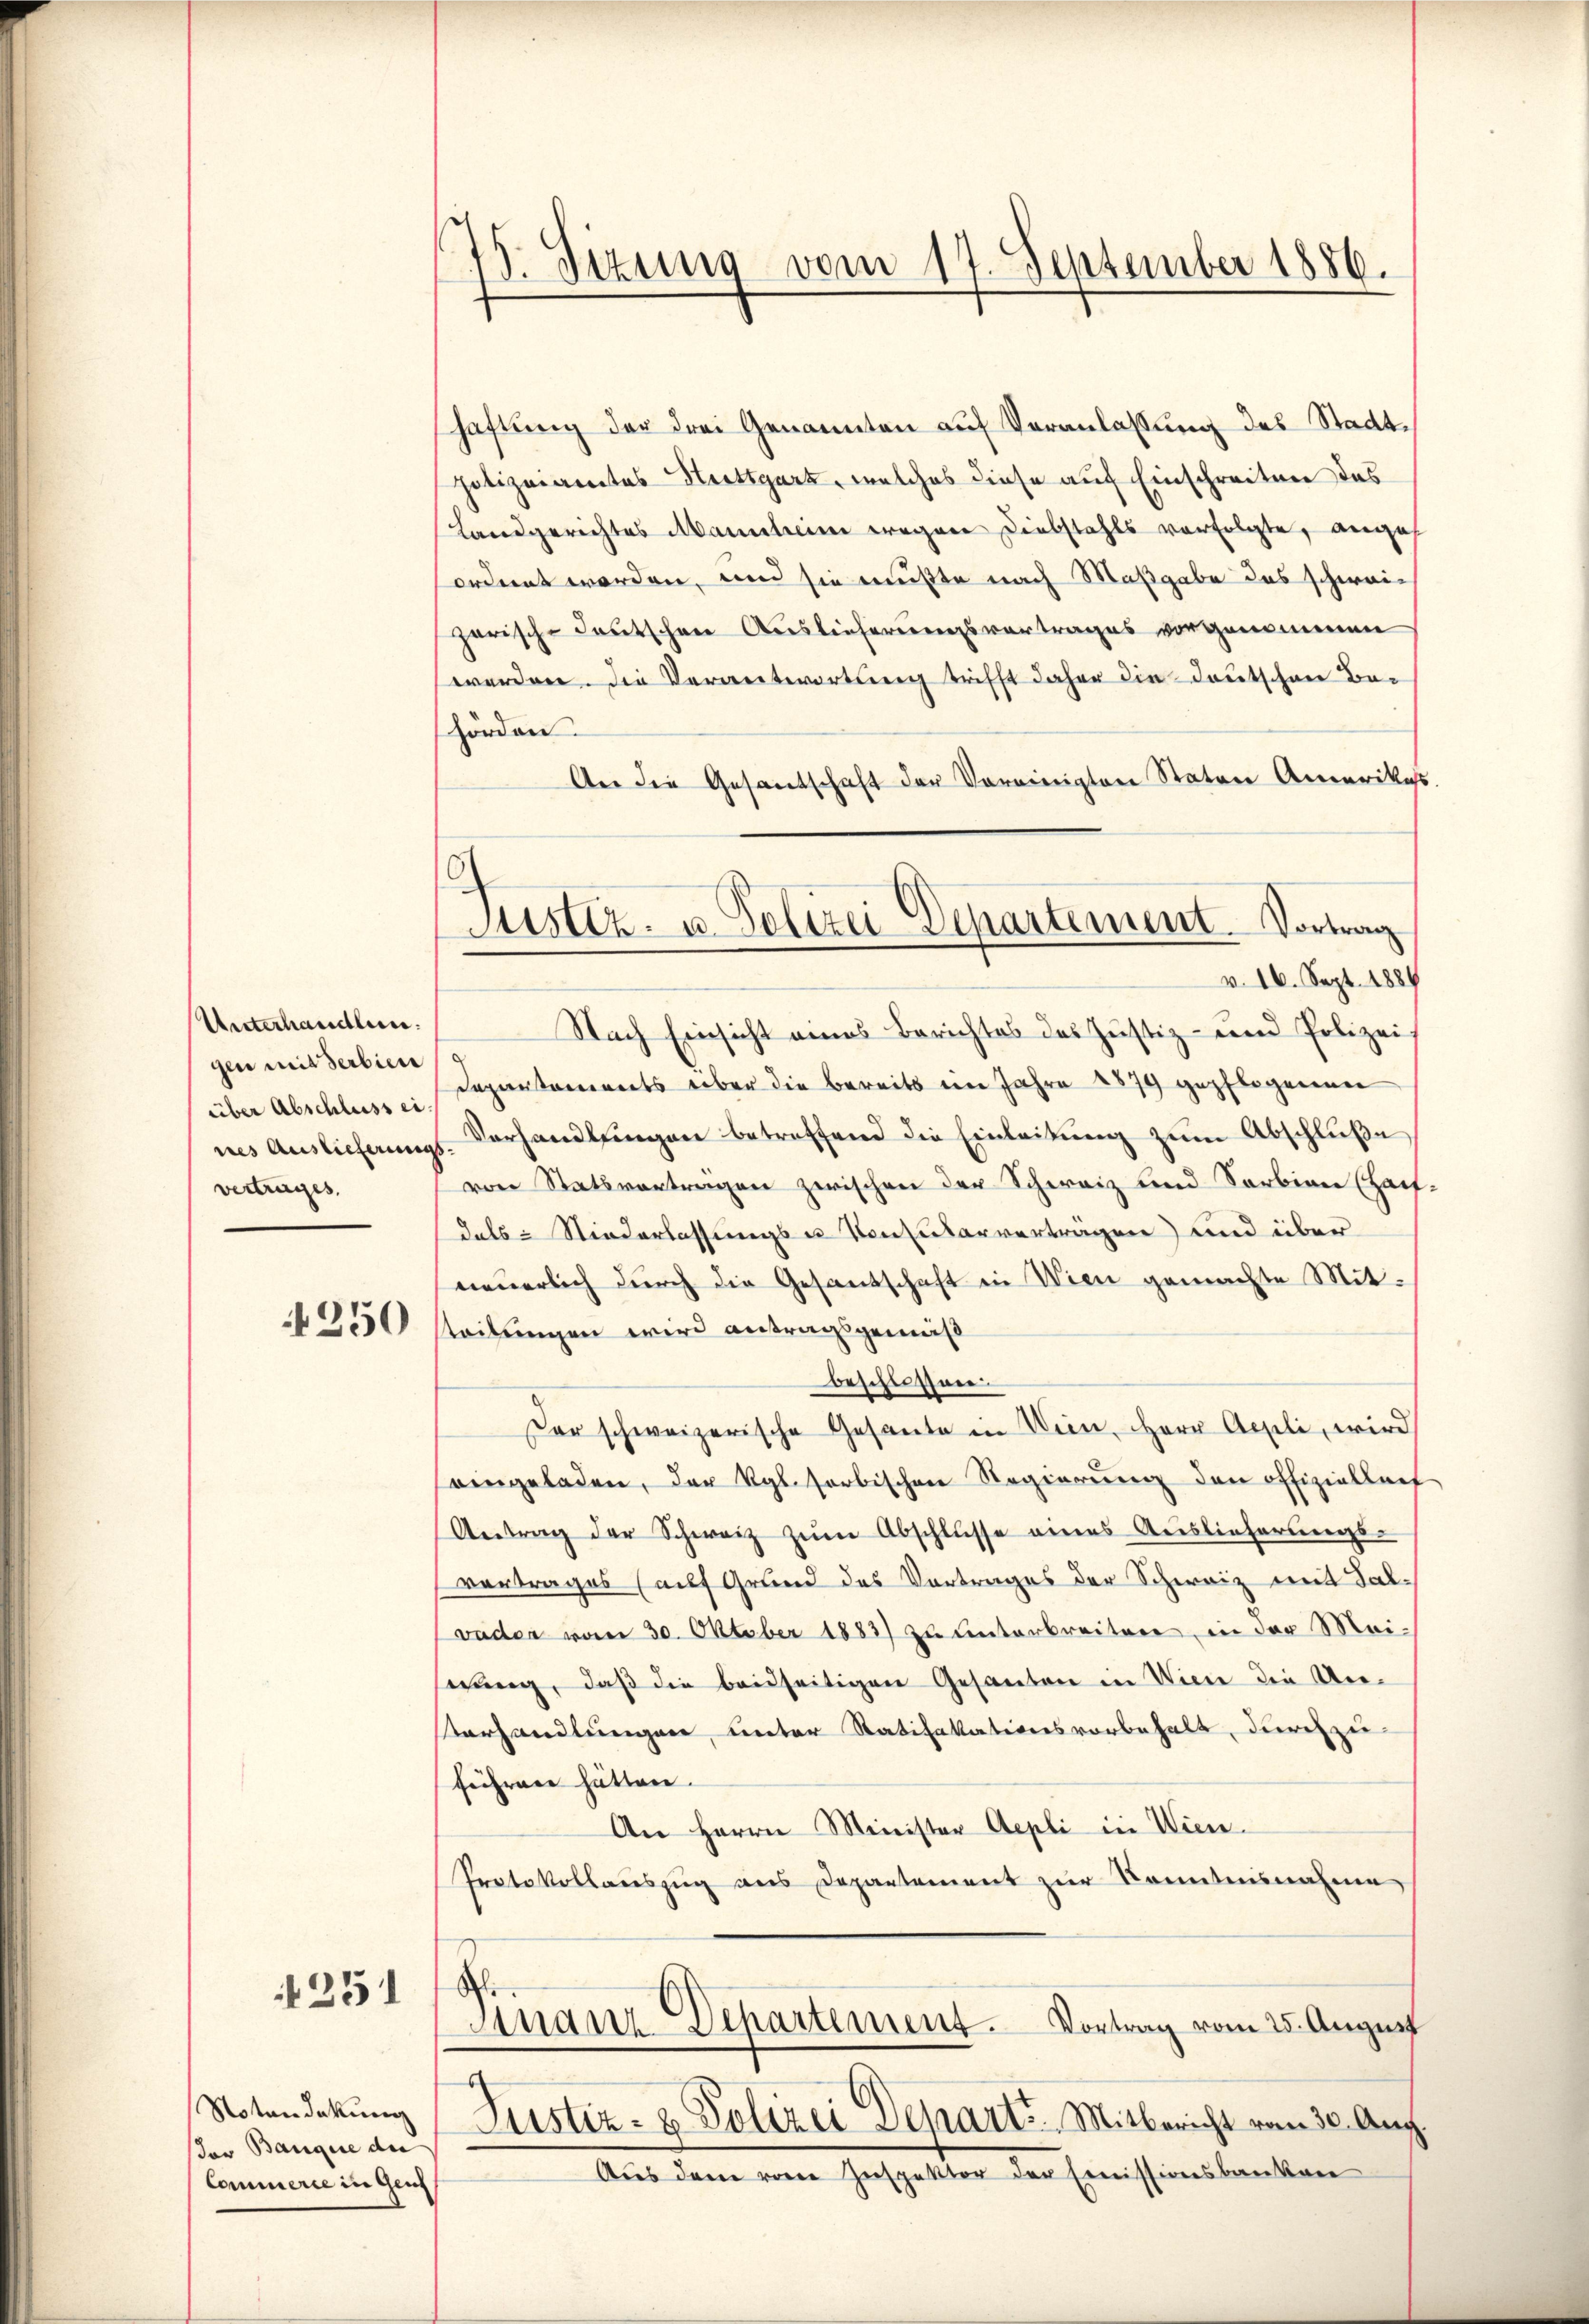
Unterhandlun
gen mit Serbiere
über Abschluss ei
nes Auslieferungs
vertrages

250

251

Notendekung
sor Banque der
Commerie in Gem

15. Sizung vom 14. September 1886.

Justiz- u. Polizei Departement. Vortrag
v. 16. Sept. 1884

haftung der drei Genannten auf Veranlassung des Stadtpolizeiamtes Hettgart, welches diese auf Einschreiten das
Landgerichtes Mannheim wegen Diebstahls verfolgte, anges
ordnet worden, und sie mußte nach Maßgabe das schweigarische Teutschen Auslieferungsvortrages vorgenommen
werden. Die Verantwortung trifft daher die Teutschen Be-
hörden.
Aer die Gesantschaft der Vereinigten Staten Amerikat
Nach Einsicht eines Berichtes des Justiz- und Polizei
Departements über die bereits im Jahre 1879 gepflogenen
Verhandlungen betreffend die Einleitung zŭm Abschluße
von Statsvortragen zwischen der Schweiz und Sarbien (Hauf
dals Niederlassungs - Konsularvertragen und über
neuerlich durch die Gesandschaft in Wien gemachte Mitsteilungen wird antragsgemäß
beschlossen.
Der schweizerische Gesante in Wien, Herr Appeli, wird
eingeladen, der Kgl. sorbischen Regierung den offizielleit
Antrag der Schweiz zŭm Abschlŭsse eines Auslieferungs-
vortrages (auf Grund des Vortrages der Schweiz mit Salvaden vom 30. Oktober 1883) zu unterbreiten, in der Meiserung, daß die beidseitigen Gesanten in Viere die Unterhandlungen, unter Ratifakationsvorbehalt, durchzu
führere hätten.
An Herrn Minister Aepli in Wien.
Protokollauszug aus Departement zur Kenntnisnahme
d
Sinanz Departement. Vortrag vom 25. August
Justiz- & Polizei Departs. Mitbericht vom 30. Aug.
Aus dem vom Inspektor der Emissionsbanken